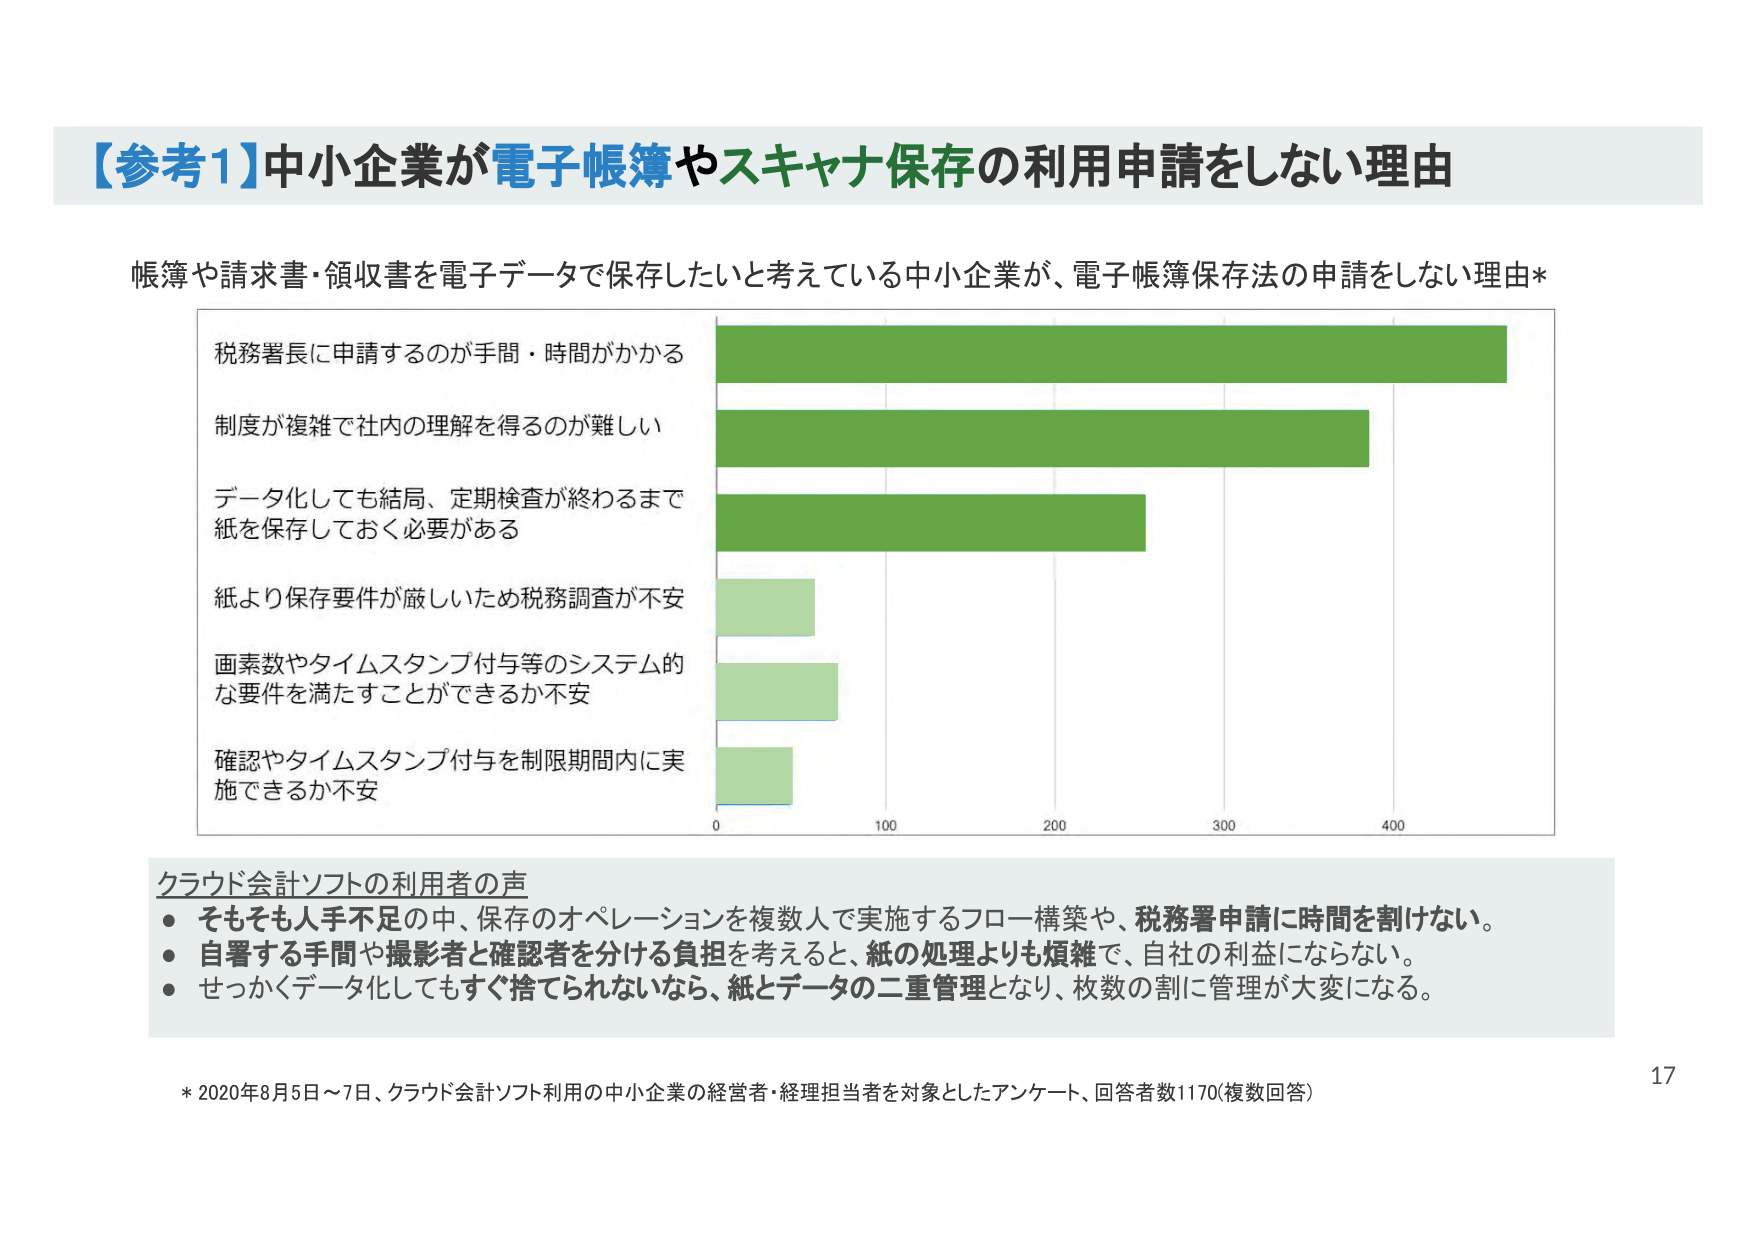
【参考1】中小企業が電子帳簿やスキャナ保存の利用申請をしない理由

帳簿や請求書・領収書を電子データで保存したいと考えている中小企業が、電子帳簿保存法の申請をしない理由*

税務署長に申請するのが手間・時間がかかる
制度が複雑で社内の理解を得るのが難しい
データ化しても結局、定期検査が終わるまで
紙を保存しておく必要がある
紙より保存要件が厳しいため税務調査が不安
画素数やタイムスタンプ付与等のシステム的
な要件を満たすことができるか不安
確認やタイムスタンプ付与を制限期間内に実
施できるか不安

0 100 200 300 400

クラウド会計ソフトの利用者の声
・そもそも人手不足の中、保存のオペレーションを複数人で実施するフロー構築や、税務署申請に時間を割けない。
・自署する手間や撮影者と確認者を分ける負担を考えると、紙の処理よりも煩雑で、自社の利益にならない。
・せっかくデータ化してもすぐ捨てられないなら、紙とデータの二重管理となり、枚数の割に管理が大変になる。

* 2020年8月5日～7日、クラウド会計ソフト利用の中小企業の経営者・経理担当者を対象としたアンケート、回答者数1170(複数回答)

17